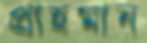
প্রাহমান